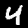
Digit: 4